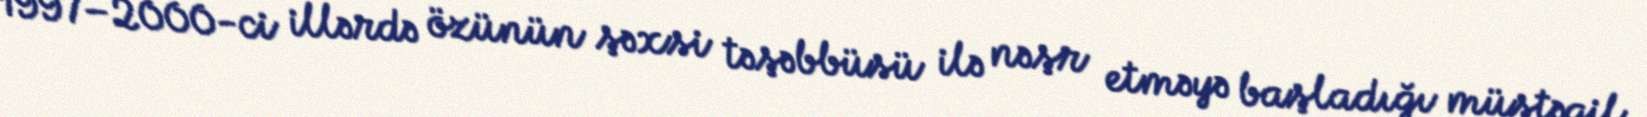
1997–2000-ci illərdə özünün şəxsi təşəbbüsü ilə nəşr etməyə başladığı müstəqil